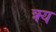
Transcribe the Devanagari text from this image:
क्र्य